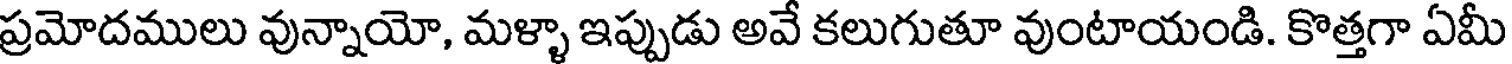
ప్రమోదములు వున్నాయో, మళ్ళా ఇప్పుడు అవే కలుగుతూ వుంటాయండి. కొత్తగా ఏమీ